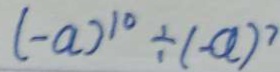
( - a ) ^ { 1 0 } \div ( - a ) ^ { 7 }